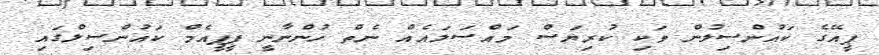
ޕީއޭގެ ކައުންސިލުން ވަކި ކުރިޔަސް މައްސަލައެއް ނެތް ހުންނާނީ ޕީޕީއެމް ކައުންސިލްގައި